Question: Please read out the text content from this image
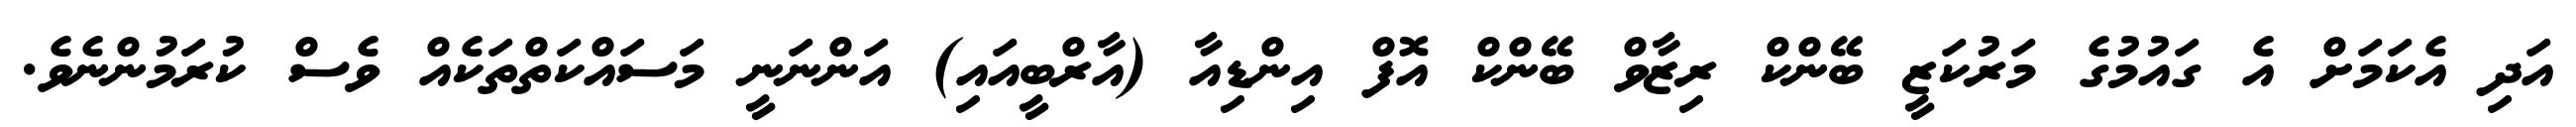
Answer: އަދި އެކަމަށް އެ ގައުމުގެ މަރުކަޒީ ބޭންކް ރިޒާވް ބޭންކް އޮފް އިންޑިއާ (އާރްބީއައި) އަންނަނީ މަސައްކަތްތަކެއް ވެސް ކުރަމުންނެވެ.